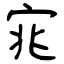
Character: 宨